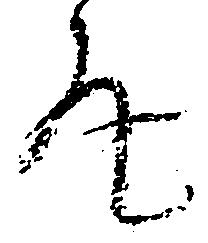
丸